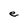
Character: e